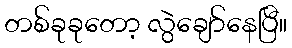
တစ်ခုခုတော့ လွဲချော်နေပြီ။